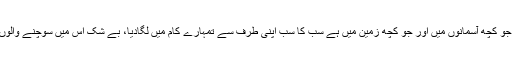
ترجمۂ کنزُالعِرفان: اور جو کچھ آسمانوں میں اور جو کچھ زمین میں ہے سب کا سب اپنی طرف سے تمہارے کام میں لگادیا، بے شک اس میں سوچنے والوں کے لئے نشا نیاں ہیں ۔